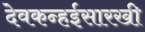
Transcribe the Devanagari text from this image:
देवकन्हईसारखी